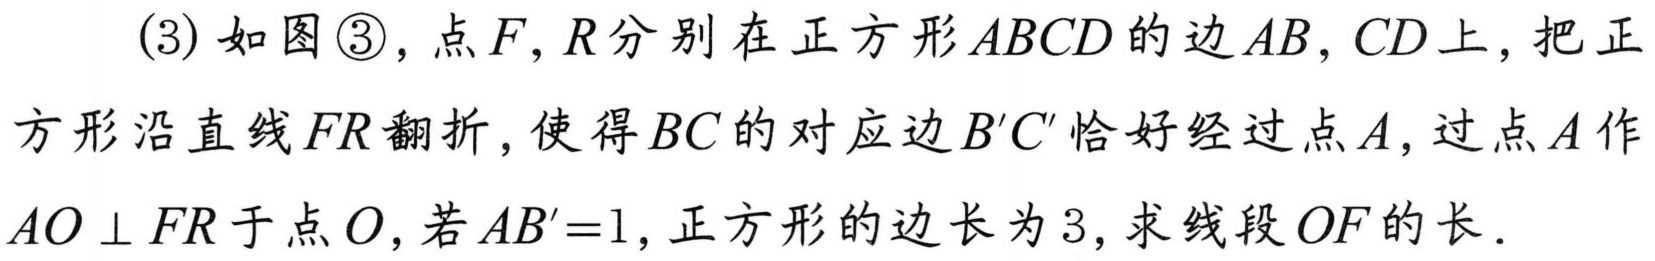
(3) 如图\textcircled{3}，点\(F,R\)分别在正方形\(ABCD\)的边\(AB,CD\)上，把正
方形沿直线\(FR\)翻折，使得\(BC\)的对应边\(B'C'\)恰好经过点\(A\)，过点\(A\)作
\(AO\perp FR\)于点\(O\)，若\(AB' = 1\)，正方形的边长为\(3\)，求线段\(OF\)的长．